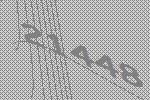
21448